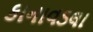
કાનાવડલા